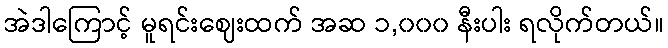
အဲဒါကြောင့် မူရင်းဈေးထက် အဆ ၁,၀၀၀ နီးပါး ရလိုက်တယ်။